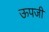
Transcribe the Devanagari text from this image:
ऊपजी